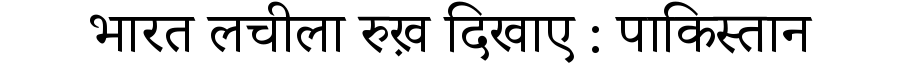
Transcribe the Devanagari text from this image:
भारत लचीला रुख़ दिखाए : पाकिस्तान